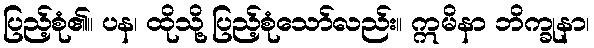
ပြည့်စုံ၏။ ပန၊ ထိုသို့ ပြည့်စုံသော်လည်း။ ဣမိနာ ဘိက္ခုနာ၊